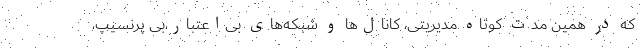
که در همین مدت کوتاه مدیریتی، کانال‌ها و شبکه‌های بی‌اعتبار،بی پرنسیپ،